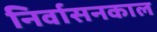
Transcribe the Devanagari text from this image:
निर्वासनकाल